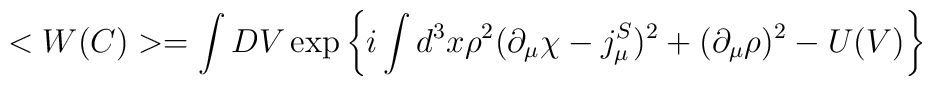
<W(C)>=\int DV\exp \left\{i\int d^{3}x\rho ^{2}(\partial _{\mu }\chi -j_{\mu}^{S})^{2}+(\partial _{\mu }\rho )^{2}-U(V)\right\}